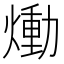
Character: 㷲